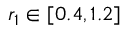
r _ { 1 } \in [ 0 . 4 , 1 . 2 ]